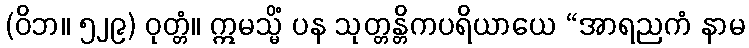
(ဝိဘ။ ၅၂၉) ဝုတ္တံ။ ဣမသ္မိံ ပန သုတ္တန္တိကပရိယာယေ “အာရညကံ နာမ